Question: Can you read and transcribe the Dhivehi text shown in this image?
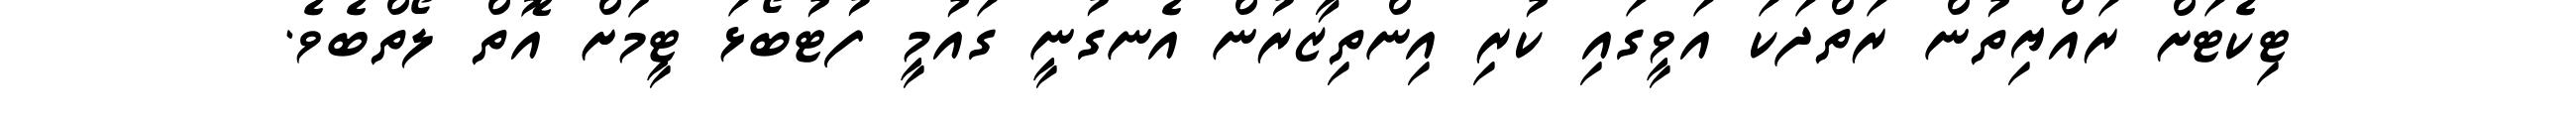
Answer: ޓިކެޓަށް ރައްޔިތުން ރަތްދަކަ އަވީގައި ކުރި އިންތިޒާރުން އެނގުނީ ގައުމީ ފުޓުބޯޅަ ޓީމަށް އޮތް ލޯތްބެވެ.